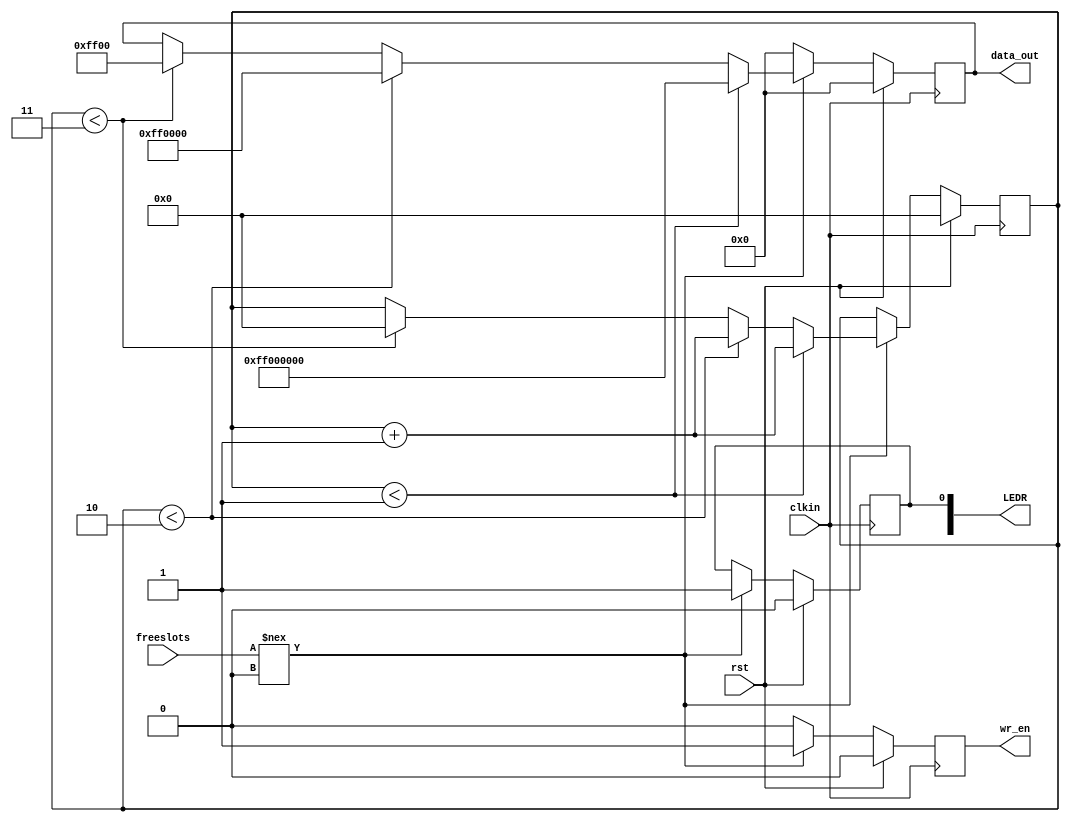
module sdram_simulator(clkin, rst, freeslots, wr_en, data_out, LEDR);

input clkin, rst;
input [4:0] freeslots;
output reg wr_en;
output reg [31:0] data_out;

output reg [17:0] LEDR;

reg [19:0] counter;
always @(posedge clkin)
begin

	if (rst)
	begin
		wr_en <= 0;
		data_out <= 32'h00000000;
		counter <= 0;
		LEDR[0] <= 0;
	end
	else
	begin
		if (freeslots !== 0)
		begin
			wr_en <= 1;			
			LEDR[0] <= 1;
			
			if (counter < 1)
			begin
				data_out <= 32'hff000000;
				counter <= counter + 20'd1;
			end
			else
			begin
				if (counter < 2)
				begin
					data_out <= 32'h00ff0000;
					counter <= counter + 20'd1;
				end
				else
				begin
					if (counter < 3)
					begin
						data_out <= 32'h0000ff00;
						counter <= 0;
					end
				end
			end
			
//			if (counter < 204800) // 640*160*2
//			begin
//				data_out <= 32'hff000000;
//				counter <= counter + 20'd1;
//			end
//			else
//			begin
//				if (counter < 409600) // 640*160*2*2
//				begin
//					data_out <= 32'h00ff0000;
//					counter <= counter + 20'd1;
//				end
//				else
//				begin
//					if (counter < 614400) // 640*160*3*2
//					begin
//						data_out <= 32'h0000ff00;
//						counter <= counter + 20'd1;
//					end
//					else
//					begin
//						data_out <= 32'hff000000;
//						counter <= 0;
//					end
//				end
//			end
			
			
		end
		else
		begin			
			wr_en <= 0;
			data_out <= 32'h00000000;
			counter <= counter;
		end
	end

end

endmodule